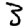
Digit: 3